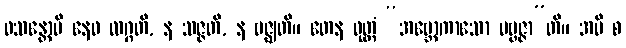
ဝသန္တောပိ နေဝ လဂ္ဂတိ, န သဇ္ဇတိ, န ဗဇ္ဈတိ။ တေန ဝုတ္တံ “အဗ္ဘောကာသော ပဗ္ဗဇ္ဇာ”တိ။ အပိ စ